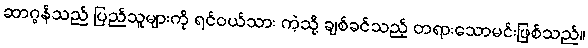
ဆာဂွန်သည် ပြည်သူများကို ရင်ဝယ်သား ကဲ့သို့ ချစ်ခင်သည့် တရားသောမင်းဖြစ်သည်။